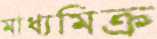
মাধ্যমিক্র